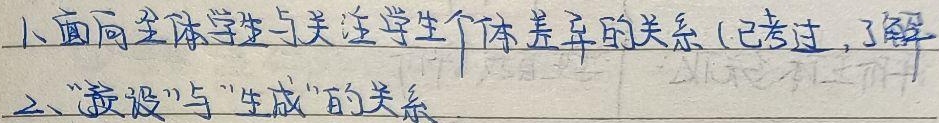
1. 面向全体学生与关注学生个体差异的关系（已考过，了解）
2. “预设”与“生成”的关系